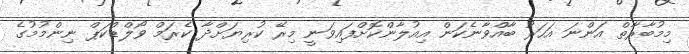
މިމުބާރާތް އަންނަ އަހަރު ބާއްވާނެކަން އިއުލާންކޮށްފައިވަނީ މިރޭ ކުރިޔަށްދާ ކެރަމް ވޯލްޑްކަޕް ނިންމުމުގެ